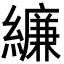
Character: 𦆆